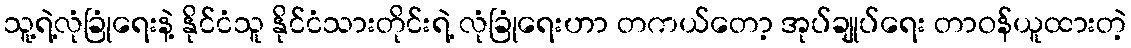
သူ့ရဲ့လုံခြုံရေးနဲ့ နိုင်ငံသူ နိုင်ငံသားတိုင်းရဲ့ လုံခြုံရေးဟာ တကယ်တော့ အုပ်ချုပ်ရေး တာဝန်ယူထားတဲ့